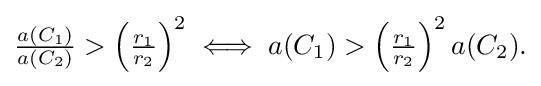
{\textstyle {\frac {a(C_{1})}{a(C_{2})}}>\left({\frac {r_{1}}{r_{2}}}\right)^{2}\iff a(C_{1})>\left({\frac {r_{1}}{r_{2}}}\right)^{2}a(C_{2}).}